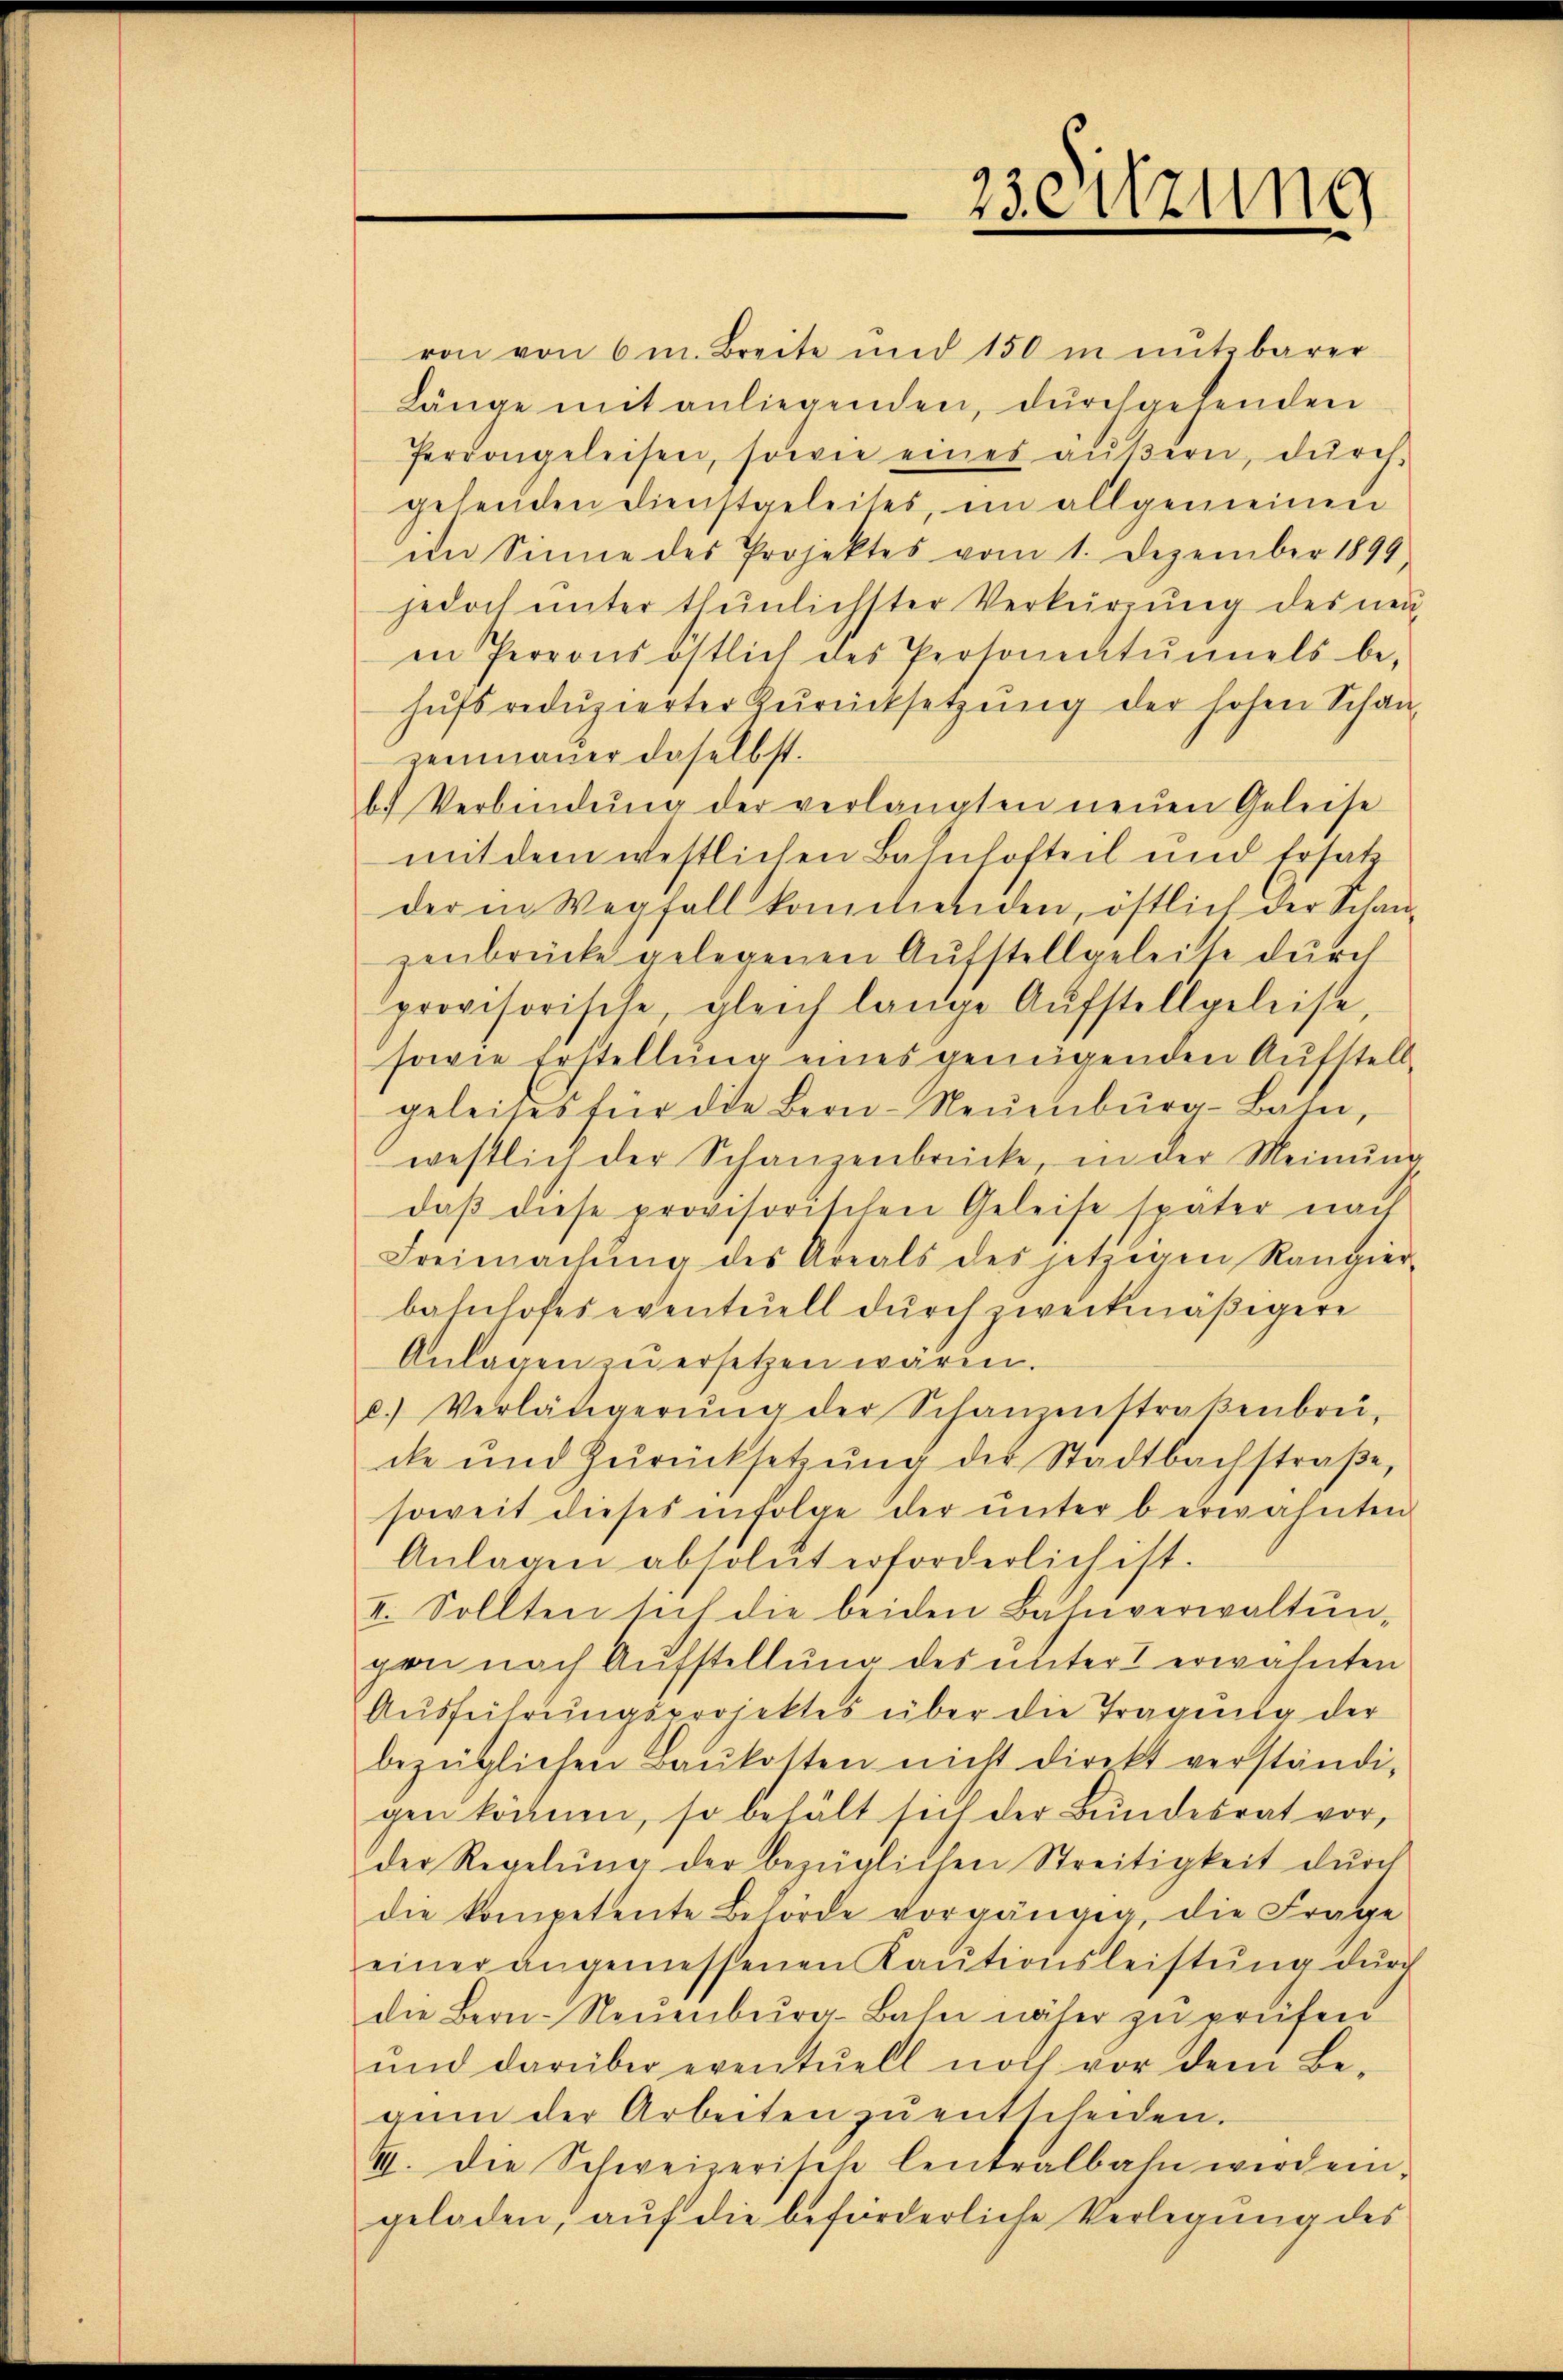
ron von 6 m. Breite und 150 in mitzbarer
Länge mit anliegenden, durchgehenden
Perrongeleisen, sowie eines äŭβern dŭrch-
gehenden Dienstgeleites, im allgemeinen
im Sinne des Projektes vom 1. Dezember 1899,
jedoch ŭnter thŭnlichster Verkürrŭng des neu
in Perros östlich des Personentŭnels be-
hufs reduzierter Zurücksetzung der hohen Schau
zenmauer daselbst.
b. Verbindŭng der verlangten neŭen Geleise
mit dem westlichen Bahnhofteil und Ersatz
der in Wegfall kommenden, östlich der Schan
zenbrücke gelegenen Aufstellgeleise durch
provisorische, gleich lange Aŭfstellgeleise,
sowie Erstellung eines genügenden Aufstell
geleises für die Bern-Neuenburg-Bahn,
westlich der Schanzenbrücke, in der Meinŭng
daβ diese provisorischen Geleise später nach
Freimachŭng des Areals des jetzigen Rangier-
bahnhofes eventeiell durch zweckmäßigere
Anlagen zu ersetzen wären.
c.) Verlängerŭng der Schanzenstraβenbrü-
cke und Zŭrücksetzŭng der Stadtbachstraβe,
soweit dieses infolge der ŭnter berwähnten
Anlagen absolut erforderlich ist.
II. Sollten sich die beiden Bahnverwaltŭn-
gen nach Aufstellung des unter erwähnten
Ausführungsprojektes über die Tragung der
bezüglichen Baŭkotten nicht direkt verständi-
gen können, so behält sich der Bundesrat vor,
der Regelŭng der bezüglichen Streitigkeit dŭrch
die kompetente Behörde vorgängig, die Frage
einer angemessenen Kaŭtionsleistŭng dŭrch
die Bern-Neuenburg-Bahn näher zu prüfen
ŭnd darüber eventuell noch vor dem Be-
gum der Arbeiten zŭ entscheiden.
VII. Die Schweizerische Centralbahn werden.
geladen, aŭf die beförderliche Verlegŭng des

23. Sitzung